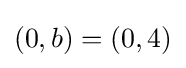
(0,b)=(0,4)